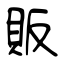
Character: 販